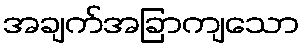
အချက်အခြာကျသော